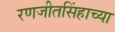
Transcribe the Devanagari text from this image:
रणजीतसिंहाच्या